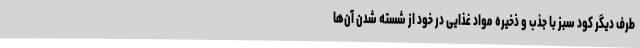
طرف دیگر کود سبز با جذب و ذخیره مواد غذایی در خود از شسته شدن آن‌ها